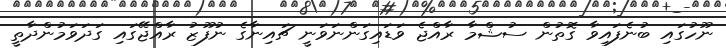
ނޫހުގައި ބުނެފައިވާ ގޮތުން ސުޝްމާ ރާއްޖެ ވަޑައިގަންނަވަނީ ޗައިނާގެ ނުފޫޒު ރާއްޖޭގައި ގަދަވަމުންދާތީ